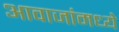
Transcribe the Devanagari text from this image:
आवाजांमध्ये